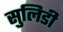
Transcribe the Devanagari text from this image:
सुलिडी